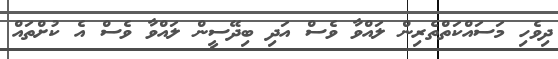
ދިވެހި މަސައްކަތްތެރިން ލައްވާ ވެސް އަދި ބިދޭސީން ލައްވާ ވެސް އެ ކުށްތައް